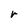
Character: r